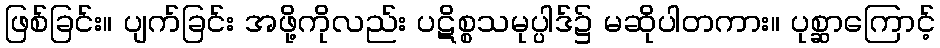
ဖြစ်ခြင်း။ ပျက်ခြင်း အဖို့ကိုလည်း ပဋိစ္စသမုပ္ပါဒ်၌ မဆိုပါတကား။ ပုစ္ဆာကြောင့်